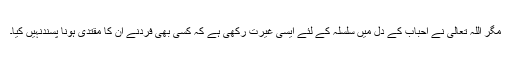
مگر اللہ تعالیٰ نے احباب کے دل میں سلسلہ کے لئے ایسی غیرت رکھی ہے کہ کسی بھی فردنے اُن کا مقتدی ہونا پسندنہیں کیا۔